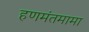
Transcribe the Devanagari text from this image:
हणमंतमामा